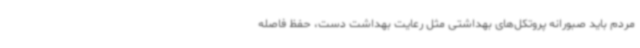
مردم باید صبورانه پروتکل‌های بهداشتی مثل رعایت بهداشت دست، حفظ فاصله